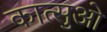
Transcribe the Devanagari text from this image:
कात्सुओ